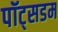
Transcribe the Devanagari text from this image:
पॉट्सडम